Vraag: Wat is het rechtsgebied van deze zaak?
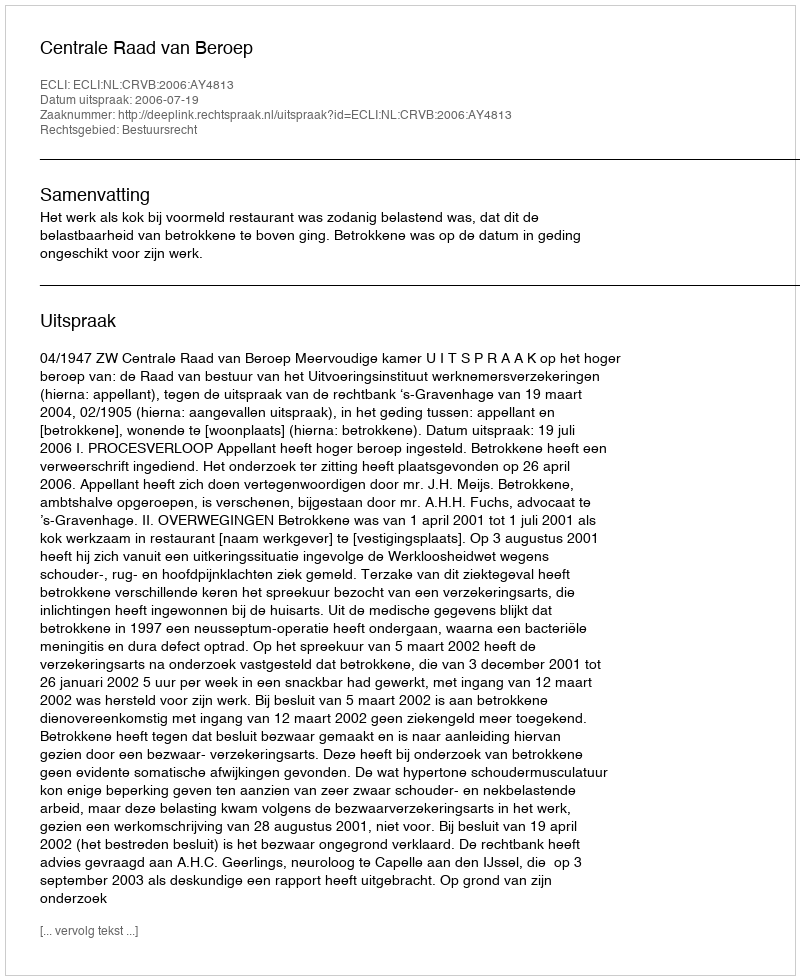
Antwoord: Bestuursrecht